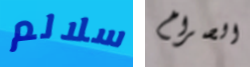
سلالم الصراخ